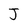
Character: J